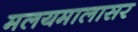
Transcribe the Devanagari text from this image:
मलयमालासर